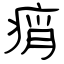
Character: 痟